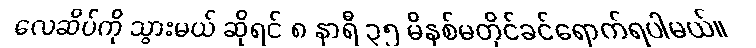
လေဆိပ်ကို သွားမယ် ဆိုရင် ၈ နာရီ ၃၅ မိနစ်မတိုင်ခင်ရောက်ရပါမယ်။